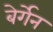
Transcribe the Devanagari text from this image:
बेर्गेन